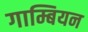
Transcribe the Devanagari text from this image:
गाम्बियन